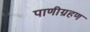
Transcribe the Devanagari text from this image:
पाणीग्रहण